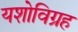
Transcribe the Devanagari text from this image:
यशोविग्रह